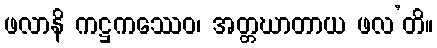
ဖလာနိ ကဋ္ဌကဿေဝ၊ အတ္တဃာတာယ ဖလ’တိ။